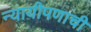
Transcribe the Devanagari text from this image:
न्यायीपणाची